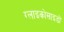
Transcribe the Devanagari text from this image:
ग्लाइकोसाइडों